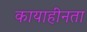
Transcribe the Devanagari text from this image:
कायाहीनता